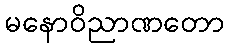
မနောဝိညာဏတော